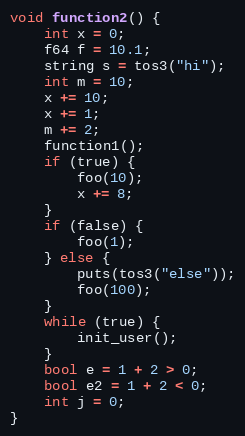
Language: C
void function2() {
	int x = 0;
	f64 f = 10.1;
	string s = tos3("hi");
	int m = 10;
	x += 10;
	x += 1;
	m += 2;
	function1();
	if (true) {
		foo(10);
		x += 8;
	}
	if (false) {
		foo(1);
	} else {
		puts(tos3("else"));
		foo(100);
	}
	while (true) {
		init_user();
	}
	bool e = 1 + 2 > 0;
	bool e2 = 1 + 2 < 0;
	int j = 0;
}